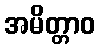
အမိတ္တာဝ